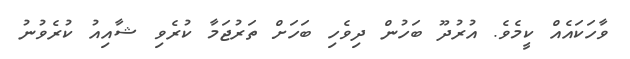
ވާހަކައެއް ކީމެވެ. އުރުދޫ ބަހުން ދިވެހި ބަހަށް ތަރުޖަމާ ކުރެވި ޝާއިއު ކުރެވުނު